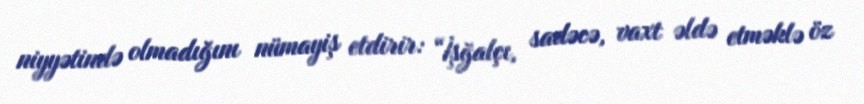
niyyətində olmadığını nümayiş etdirir: “İşğalçı, sadəcə, vaxt əldə etməklə öz